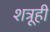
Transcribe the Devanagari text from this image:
शत्रूही